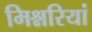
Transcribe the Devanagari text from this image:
मिश्नरियां